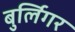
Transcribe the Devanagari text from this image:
बुर्लिगर